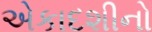
એકાદશીનો